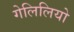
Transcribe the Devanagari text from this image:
गेलिलियो